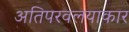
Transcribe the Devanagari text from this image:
अतिपरवलयाकार